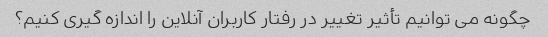
چگونه می توانیم تأثیر تغییر در رفتار کاربران آنلاین را اندازه گیری کنیم؟